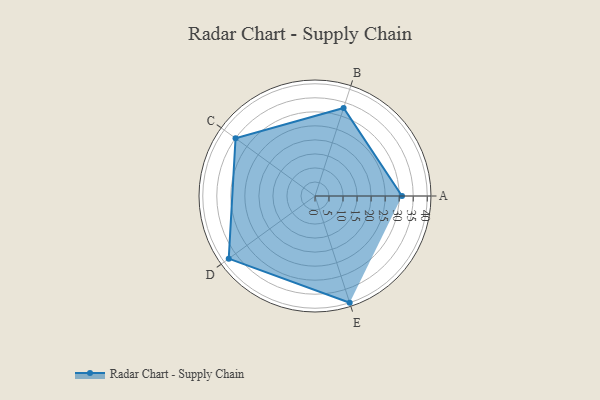
{"axis": {"x": "Skill", "y": "Score"}, "legend": ["Profile"], "data": [{"x": "A", "y": 31.0, "type": "Profile"}, {"x": "B", "y": 33.0, "type": "Profile"}, {"x": "C", "y": 35.0, "type": "Profile"}, {"x": "D", "y": 38.0, "type": "Profile"}, {"x": "E", "y": 40.0, "type": "Profile"}]}